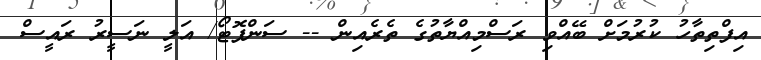
އިފްތިތާހު ކުރުމަށް ބޭއްވި ރަސްމިއްޔާތުގެ ތެރެއިން -- ސަންފޮޓޯ/ އަލީ ނަސީރު ރައީސް